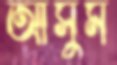
আসুম